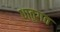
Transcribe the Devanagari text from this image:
धातुगत